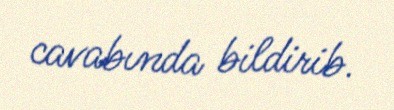
cavabında bildirib.